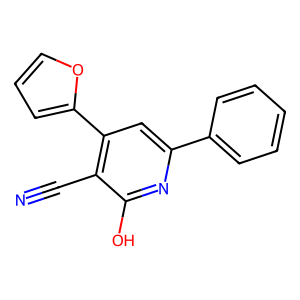
SMILES: N#Cc1c(-c2ccco2)cc(-c2ccccc2)nc1O
Inhibits HIV replication: No